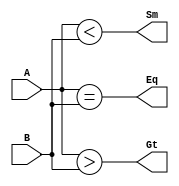
/**************************************************
P1.1 4-bit COMPARATOR BEHAVIORAL
************************************************/

module comparator_bh(Eq,Gt,Sm,A,B);

	input [3:0]A,B;
	output reg Eq,Gt,Sm;

	always@(*) begin
		Eq= (A==B);	//A==B
		Gt= (A>B);	//A>B
		Sm= (A<B);	//A<B
	end // always@(*)

endmodule